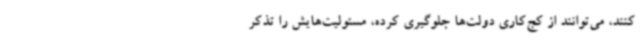
کنند، می‌توانند از کج‌کاری دولت‌ها جلوگیری کرده، مسئولیت‌هایش را تذکر